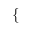
\begin{array} { r } { \mathopen { } \mathclose \bgroup \left\{ \begin{array} { r l r l } \end{array} \aftergroup \egroup \right. } \end{array}